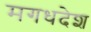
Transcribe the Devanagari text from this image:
मगधदेश